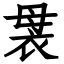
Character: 袰